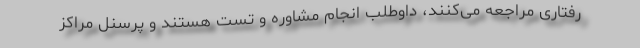
رفتاری مراجعه می‌کنند، داوطلب انجام مشاوره و تست هستند و پرسنل مراکز